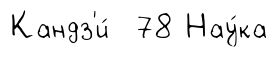
Кандз'и́ 78 Нау́ка